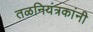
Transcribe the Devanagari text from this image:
तळनियंत्रकांनी